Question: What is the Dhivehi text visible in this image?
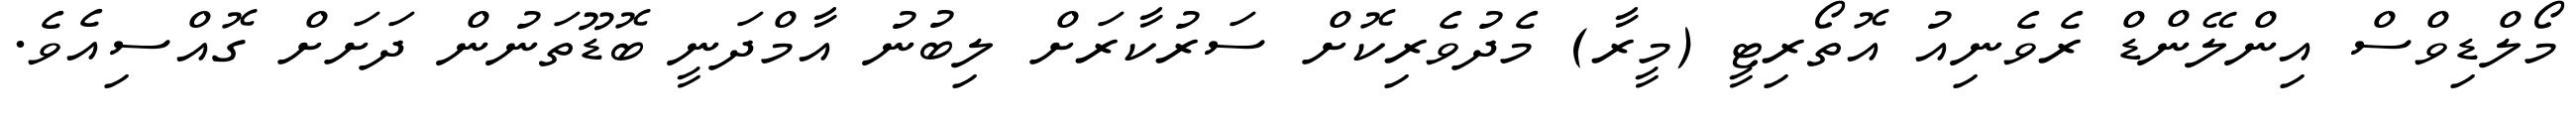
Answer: މޯލްޑިވްސް އިންލޭންޑް ރެވެނިއު އޮތޯރިޓީ (މީރާ) މެދުވެރިކޮށް ސަރުކާރަށް ލިބުނު އާމްދަނީ ބޮޑޫތަނުން ދަށަށް ގޮއްސިއެވެ.